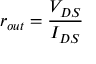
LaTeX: r _ { o u t } = { \frac { V _ { D S } } { I _ { D S } } }